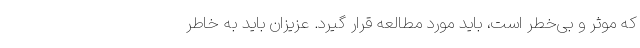
که موثر و بی‌خطر است، باید مورد مطالعه قرار گیرد. عزیزان باید به خاطر